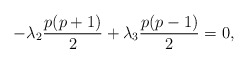
\begin{align*}-\lambda_2 \frac{p(p+1)}{2} +\lambda_3 \frac{p(p-1)}{2} =0,\end{align*}